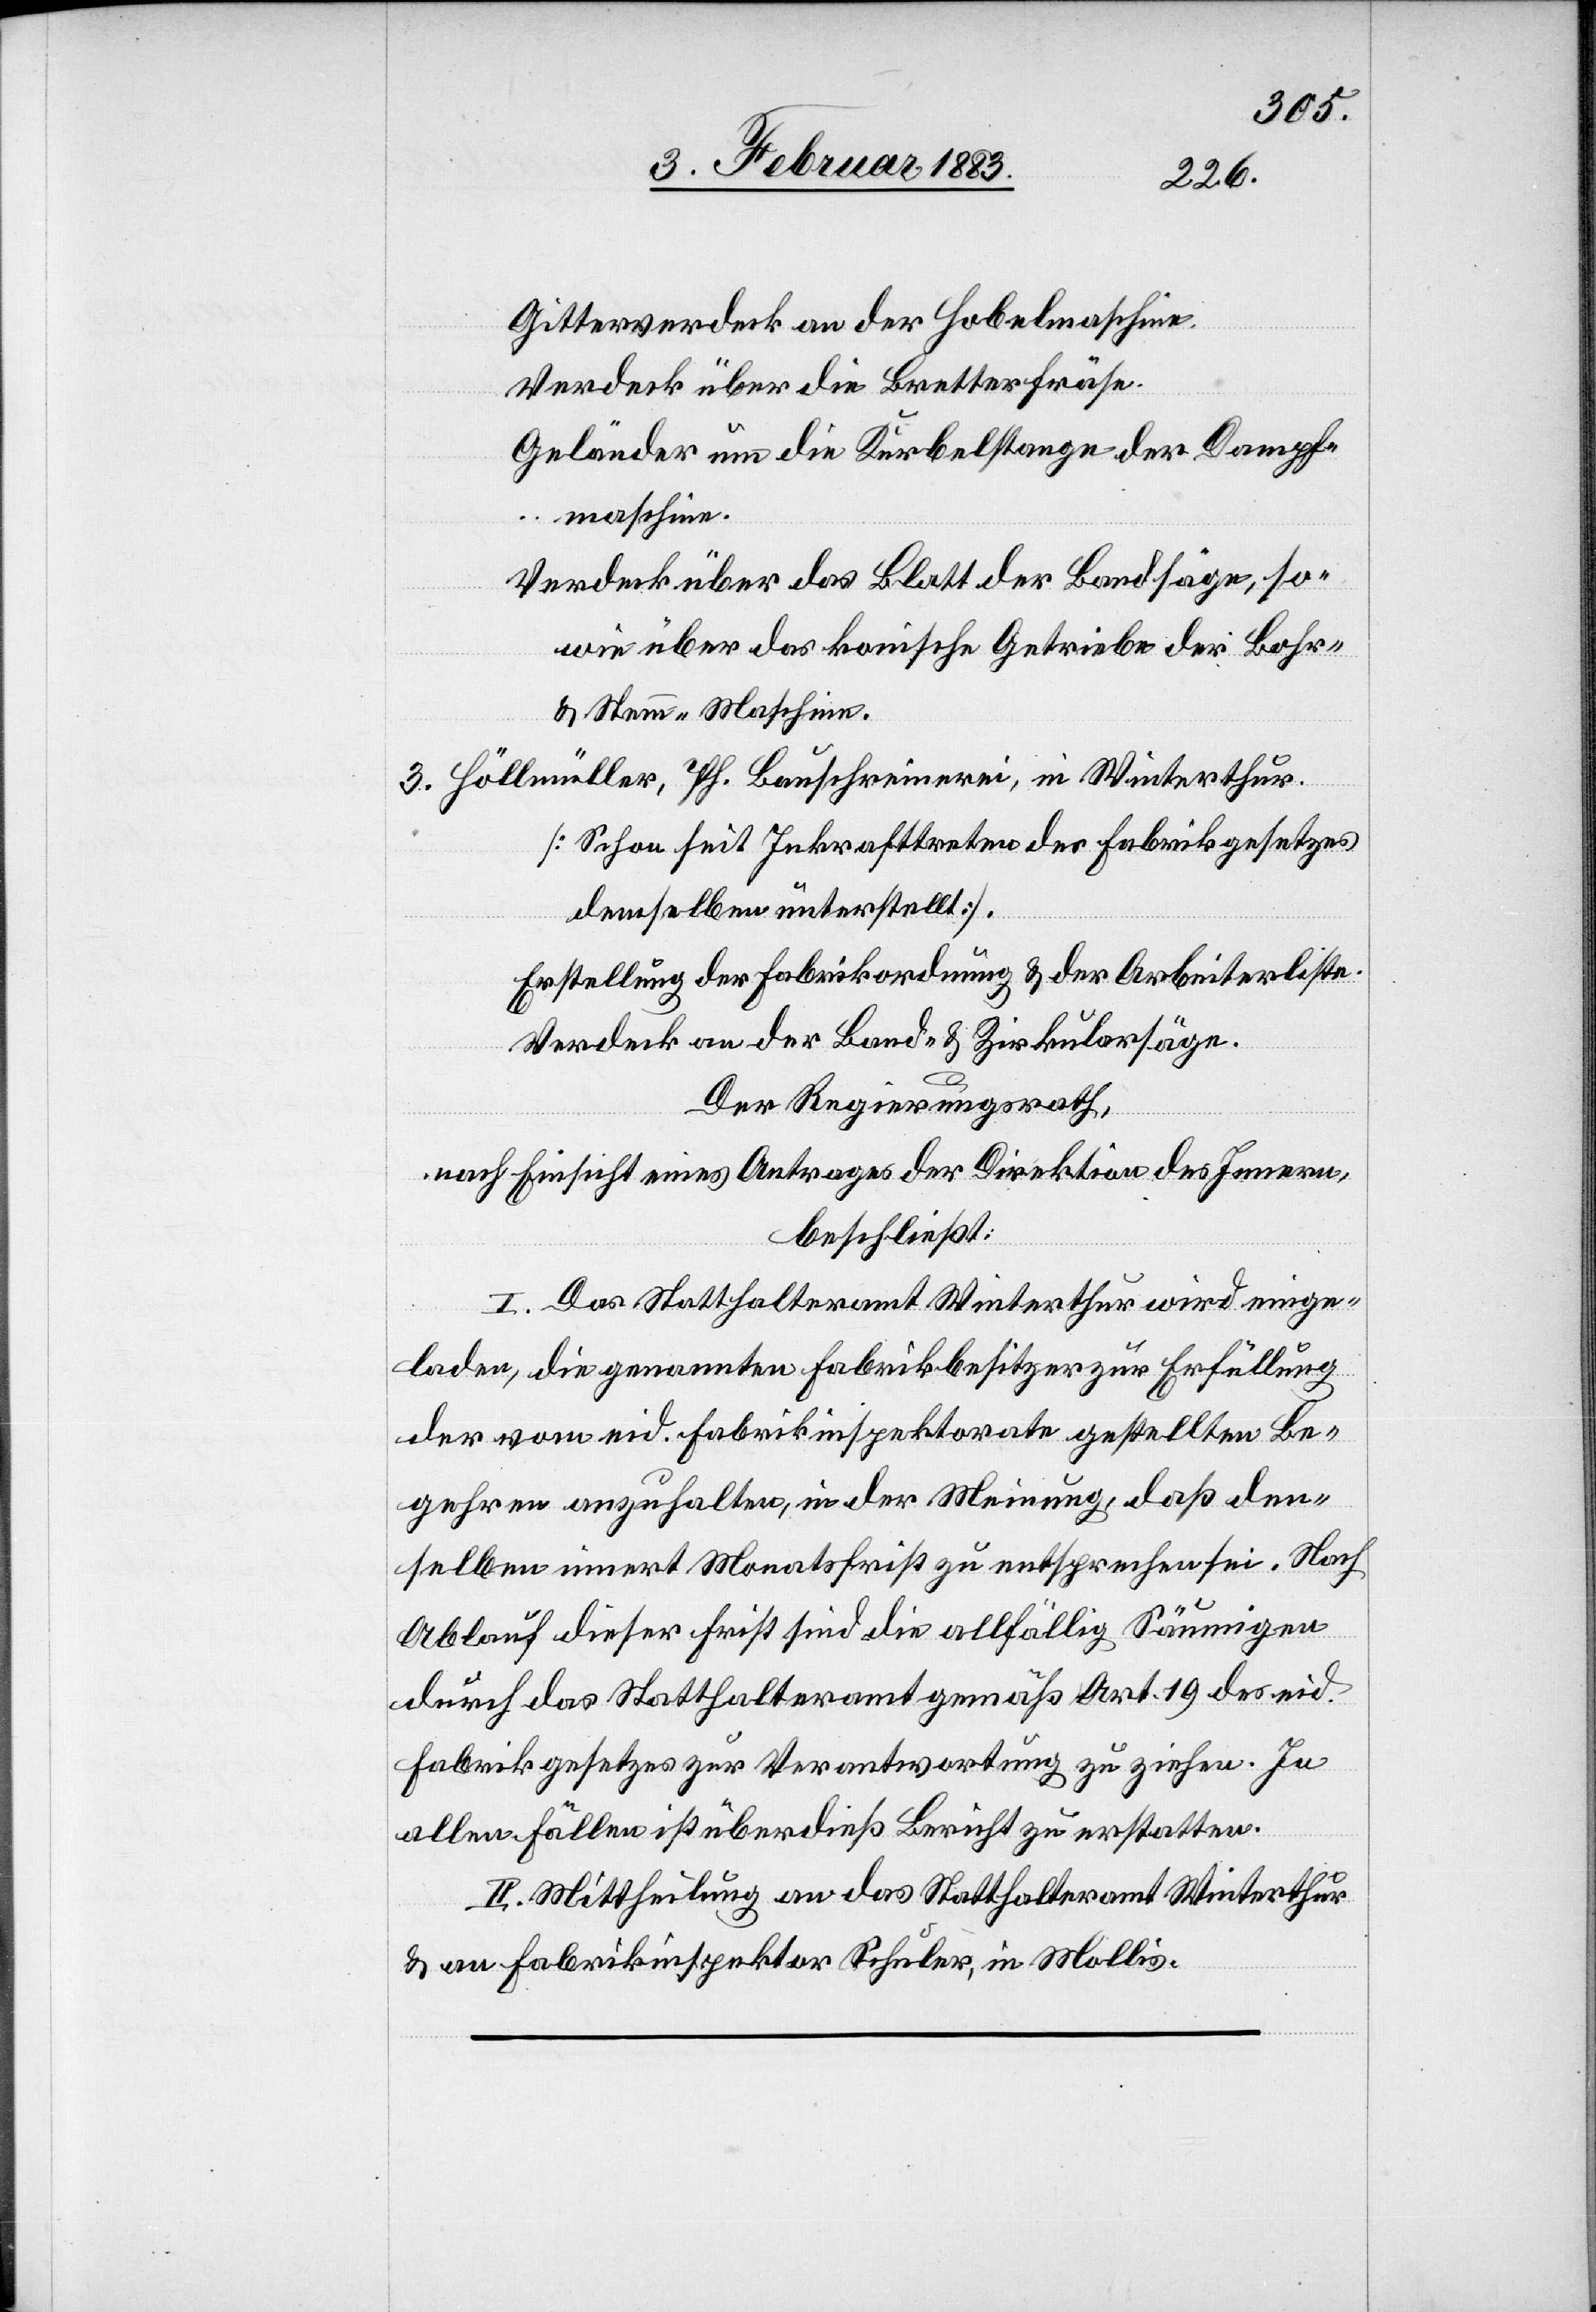
Gitterverdeck an der Hobelmaschine.
Verdeck über die Bretterfräse.
Geländer um die Kurbelstange der Dampf¬
maschine.
Verdeck über das Blatt der Bandsäge, so¬
wie über das konische Getriebe der Bohr-
& Stemm-Maschine.
3. Höllmüller, Ph. Bauschreinerei, in Winterthur.
[Schon seit Inkrafttreten des Fabrikgesetzes
demselben unterstellt].
Erstellung der Fabrikordnung & der Arbeiterliste.
Verdeck an der Band- & Zirkularsäge.
Der Regierungsrath,
nach Einsicht eines Antrages der Direktion des Innern,
beschließt:
I. Das Statthalteramt Winterthur wird einge¬
laden, die genannten Fabrikbesitzer zur Erfüllung
der vom eid. Fabrikinspektorate gestellten Be¬
gehren anzuhalten, in der Meinung, daß den¬
selben innert Monatsfrist zu entsprechen sei. Nach
Ablauf dieser Frist sind die allfällig Säumigen
durch das Statthalteramt gemäß Art. 19 des eid.
Fabrikgesetzes zur Verantwortung zu ziehen. In
allen Fällen ist überdieß Bericht zu erstatten.
II. Mittheilung an das Statthalteramt Winterthur
& an Fabrikinspektor Schuler, in Mollis.